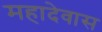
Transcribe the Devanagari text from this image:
महादेवास